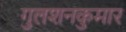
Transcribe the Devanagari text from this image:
गुलशनकुमार